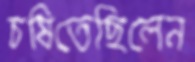
চষিতেছিলেন